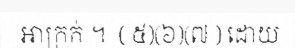
ឤក្រក់ ។  ( ៥)(៦)(៧ ) ដោយ